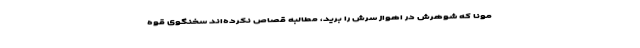
مونا که شوهرش در اهواز سرش را برید، مطالبه قصاص نکرده‌اند سخنگوی قوه